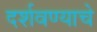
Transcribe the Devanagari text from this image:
दर्शवण्याचे